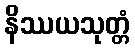
နိဿယသုတ္တံ